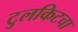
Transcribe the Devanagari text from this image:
टुलकिटचा